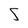
Character: S